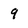
Character: 9